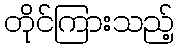
တိုင်ကြားသည့်